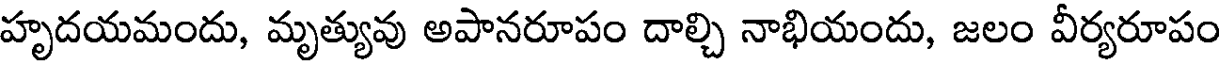
హృదయమందు, మృత్యువు అపానరూపం దాల్చి నాభియందు, జలం వీర్యరూపం